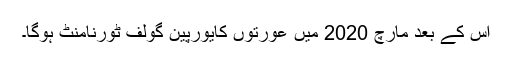
اس کے بعد مارچ 2020 میں عورتوں کایورپین گولف ٹورنامنٹ ہوگا۔